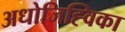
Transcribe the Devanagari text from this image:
अधोजिह्विका